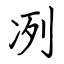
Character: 冽